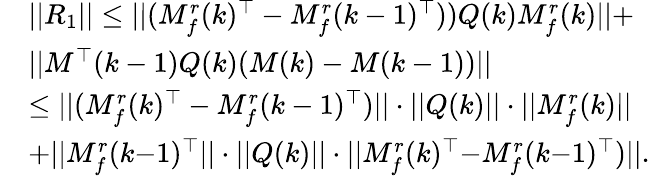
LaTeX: \begin{array}{rl}&{\lvert|R_{1}\rvert|\leq\lvert|(M_{f}^{r}(k)^{\top}-M_{f}^{r}(k-1)^{\top}))Q(k)M_{f}^{r}(k)\rvert|+}\\ &{\lvert|M^{\top}(k-1)Q(k)(M(k)-M(k-1))\rvert|}\\ &{\leq\lvert|(M_{f}^{r}(k)^{\top}-M_{f}^{r}(k-1)^{\top})\rvert|\cdot\lvert|Q(k)\rvert|\cdot\lvert|M_{f}^{r}(k)\rvert|}\\ &{{+}\lvert|M_{f}^{r}(k{-}1)^{\top}\rvert|\cdot\lvert|Q(k)\rvert|\cdot\lvert|M_{f}^{r}(k)^{\top}{-}M_{f}^{r}(k{-}1)^{\top})\rvert|.}\end{array}